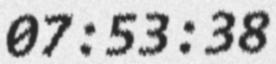
07:53:38